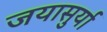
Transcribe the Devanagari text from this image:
जयासुर्या